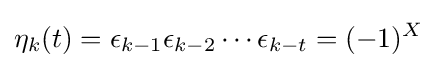
\eta _{k}(t)=\epsilon _{k-1}\epsilon _{k-2}\cdots \epsilon _{k-t}=(-1)^{X}